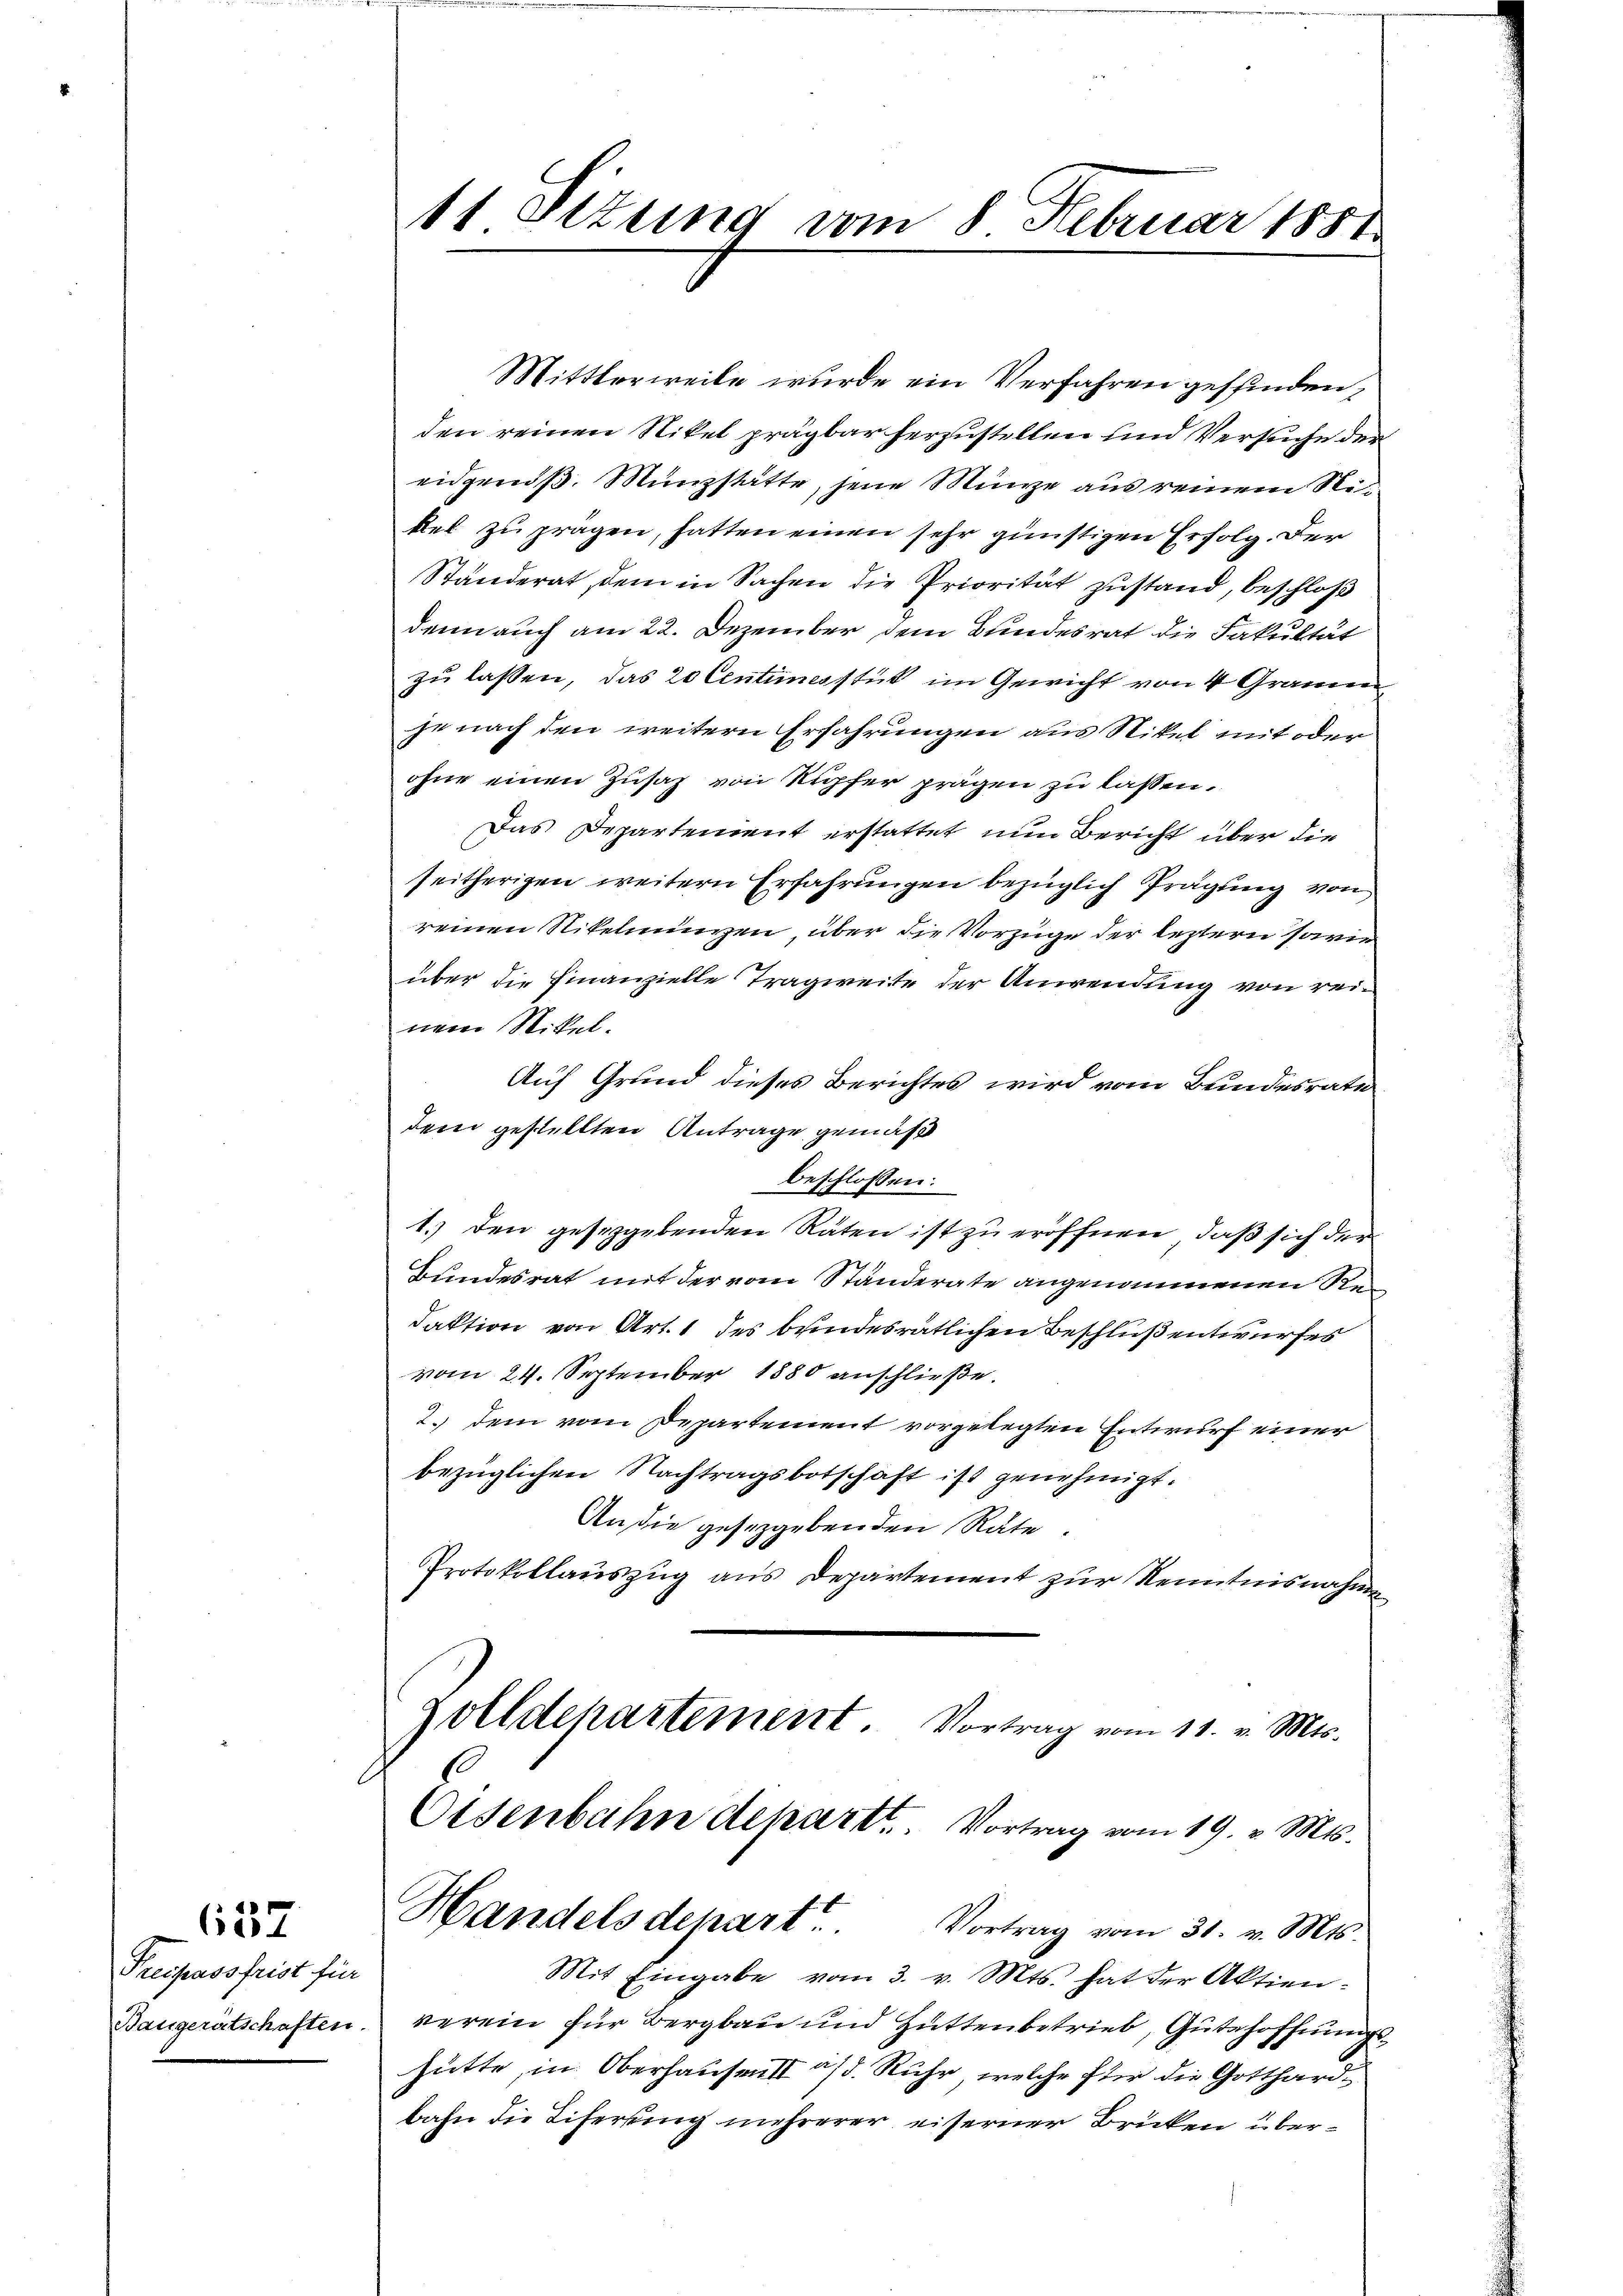
657

Preisassfrist für
Baugerätschaften.

11 Sizung vom 8. Februar 1881

Mittlerweile wurde ein Verfahren gefunden,
den reinen Nikel prägbar herzustellen und Versuche der
eidgenöß. Münzstätte, jene Münze aus reinem Nikel zu pragen, hatten einen sehr günstigen Erfolg. Der
Ständerat, dem in Sachen die Priorität zustand, beschloß
denn auch am 22. Dezember dem Bundesrat die Fakultät
zu lassen, das 20 Centiesstik im Gewicht von 4 Gramen
je nach den weitern Erfahrungen aus Nikel mit oder
ohne einen Zusatz von Kupfer prägen zu lassen.
Das Departement erstattet nun Bericht über die
seitherigen weitern Erfahrungen bezüglich Prägung von
reinen Nikelnigen über die Vorzüge der letztern sowie
über die Finanzielle Tragweite der Anwendung von reinem Stikel.
Auf Grund dieses Berichtes wird vom Bundesrate
dem gestellten Antrage gemäß
beschlossen:
1.) den gesetzgebenden Raten ist zu eröffnen, daß sich der
Bundesrat mit der vom Ständerate angenommenen Redaktion von Art. 1 des bundesrätlichen Beschluß entwurfes
vom 24. September 1880 anschließe.
2. dem vom Departement vorgelegten Entwurf einer
bezüglichen Nachtragsbotschaft ist genehmigt.
An die gesezgebenden Rate.
Protokollauszug aus Departement zur Kenntnisnahme
zolldepartement. Vortrag vom 11. v. Mts.
Eisenbahn departt. Vortrag vom 19. v. Mts.
Handelsdepart
Vortrag vom 31. v. Mts.
Mit Eingabe vom 3. v. Mts. hat der Aktien:
verein für Bergbau und Hüttenbetrieb, Gutehoffnungs
hütte, in Oberhausen a/d. Ruhr, welche für die Gotthardbahn die Tiferung mehrerer eiserner Brücken über¬